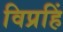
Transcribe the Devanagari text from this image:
विप्रहिं